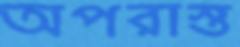
অপরাস্ত